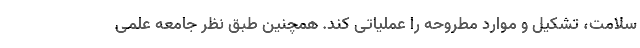
سلامت، تشکیل و موارد مطروحه را عملیاتی کند. همچنین طبق نظر جامعه علمی